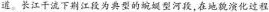
道。长江干流下期江段为典型的坑型河段，在地貌演化过程